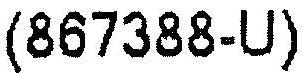
(867388-U)